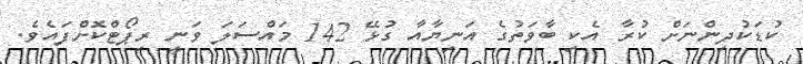
ކުޑަކުދިންނަށް ކުރާ އެކި ބާވަތުގެ އަނިޔާއާ ގުޅޭ 142 މައްސަލަ ވަނީ ރިޕޯޓްކޮށްފައެވެ.